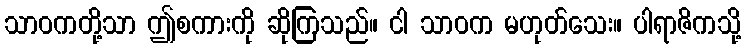
သာဝကတို့သာ ဤစကားကို ဆိုကြသည်။ ငါ သာဝက မဟုတ်သေး။ ပါရာဇိကသို့